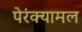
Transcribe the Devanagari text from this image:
पेरंक्यामल